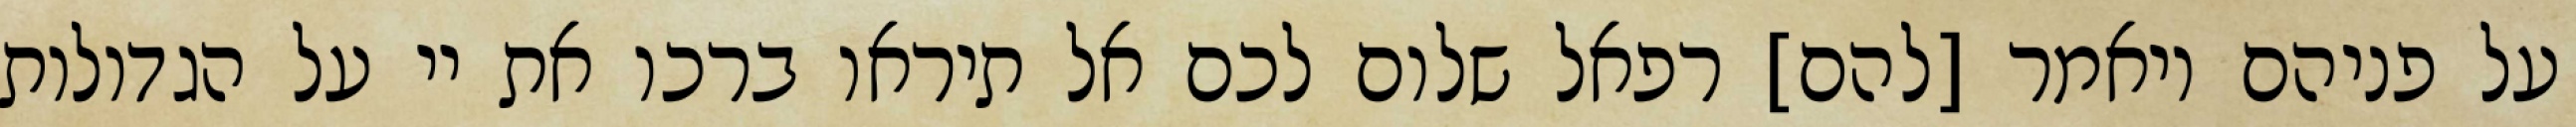
על פניהם ויאמר [להם] רפאל שלום לכם אל תיראו ברכו את יי על הגדולות